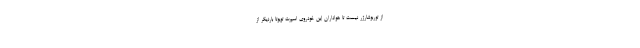
از توربوشارژر نیست تا هواداران این خودروی اسپرت تویوتا باردیگر از